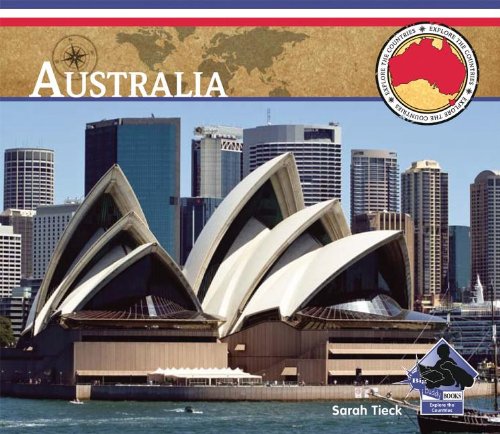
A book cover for Australia (Explore the Countries); Sarah Tieck; Children's Books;